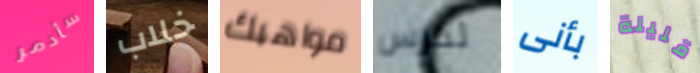
سأدمر خلاب مواهبك لدرس بأنى قليلة